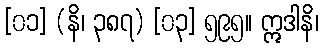
[၀၁] (နိ၊ ၃၈၇) [၀၃] ၅၉၅။ ဣဒါနိ၊